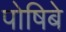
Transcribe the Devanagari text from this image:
पोषिबे